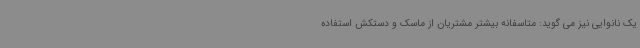
یک نانوایی نیز می گوید: متاسفانه بیشتر مشتریان از ماسک و دستکش استفاده